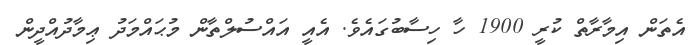
އެތަން އިމާރާތް ކުރީ 1900 ހާ ހިސާބުގައެވެ. އެއީ އައްސުލްތާން މުޙައްމަދު ޢިމާދުއްދީން